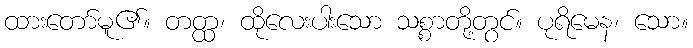
ထားတော်မူ၏။ တတ္ထ၊ ထိုလေးပါးသော သစ္စာတို့တွင်။ ပုရိမေန၊ သော။